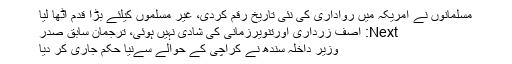
مسلمانوں نے امریکہ میں رواداری کی نئی تاریخ رقم کردی، غیر مسلموں کیلئے بڑا قدم اٹھا لیا
Next: آصف زرداری اورتنویرزمانی کی شادی نہیں ہوئی، ترجمان سابق صدر
وزیر داخلہ سندھ نے کراچی کے حوالے سےنیا حکم جاری کر دیا